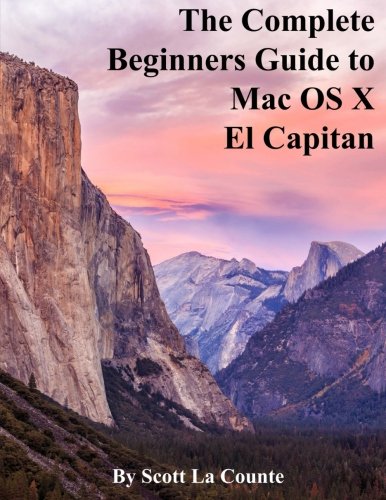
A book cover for The Complete Beginners Guide to Mac OS X El Capitan: (For MacBook, MacBook Air, MacBook Pro, iMac, Mac Pro, and Mac Mini); Scott La Counte; Reference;